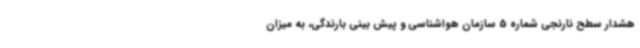
هشدار سطح نارنجی شماره 5 سازمان هواشناسی و پیش بینی بارندگی، به میزان